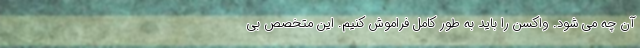
آن چه می شود. واکسن را باید به طور کامل فراموش کنیم. این متخصص بی